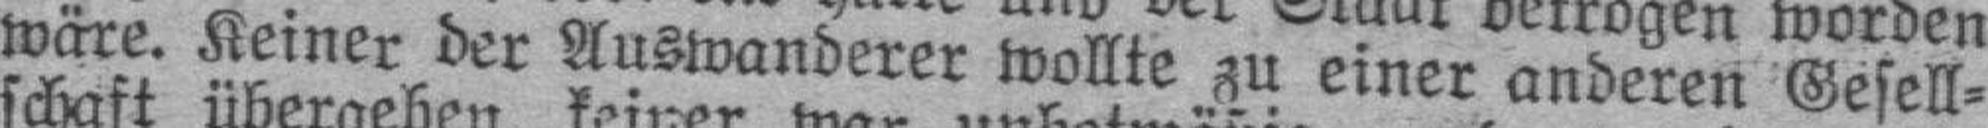
wäre. Keiner der Auswanderer wollte zu einer anderen Gesell¬